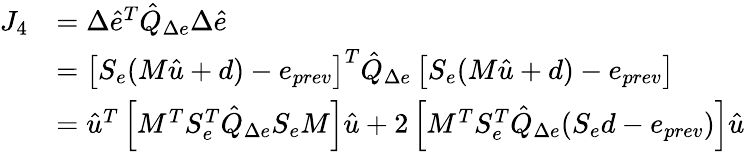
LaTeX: \begin{array}{rl}{J_{4}}&{=\Delta\hat{e}^{T}\hat{Q}_{\Delta e}\Delta\hat{e}}\\ &{=\left[S_{e}(M\hat{u}+d)-e_{prev}\right]^{T}\hat{Q}_{\Delta e}\left[S_{e}(M\hat{u}+d)-e_{prev}\right]}\\ &{=\hat{u}^{T}\left[M^{T}S_{e}^{T}\hat{Q}_{\Delta e}S_{e}M\right]\hat{u}+2\left[M^{T}S_{e}^{T}\hat{Q}_{\Delta e}(S_{e}d-e_{prev})\right]\hat{u}}\end{array}